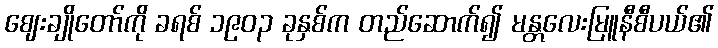
ဈေးချိုတော်ကို ခရစ် ၁၉၀၃ ခုနှစ်က တည်ဆောက်၍ မန္တလေးမြူနီစီပယ်၏